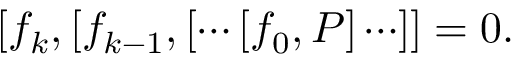
[ f _ { k } , [ f _ { k - 1 } , [ \cdots [ f _ { 0 } , P ] \cdots ] ] = 0 .